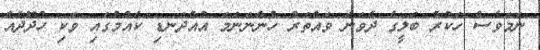
ނަމަވެސް ހަކުރު ބަލީގެ ދެވަނަ ވައްތަރު ހުންނަނަމަ އުއްދަނޑި ކެއުމުގައި ވަކި ހުދޫދެއް